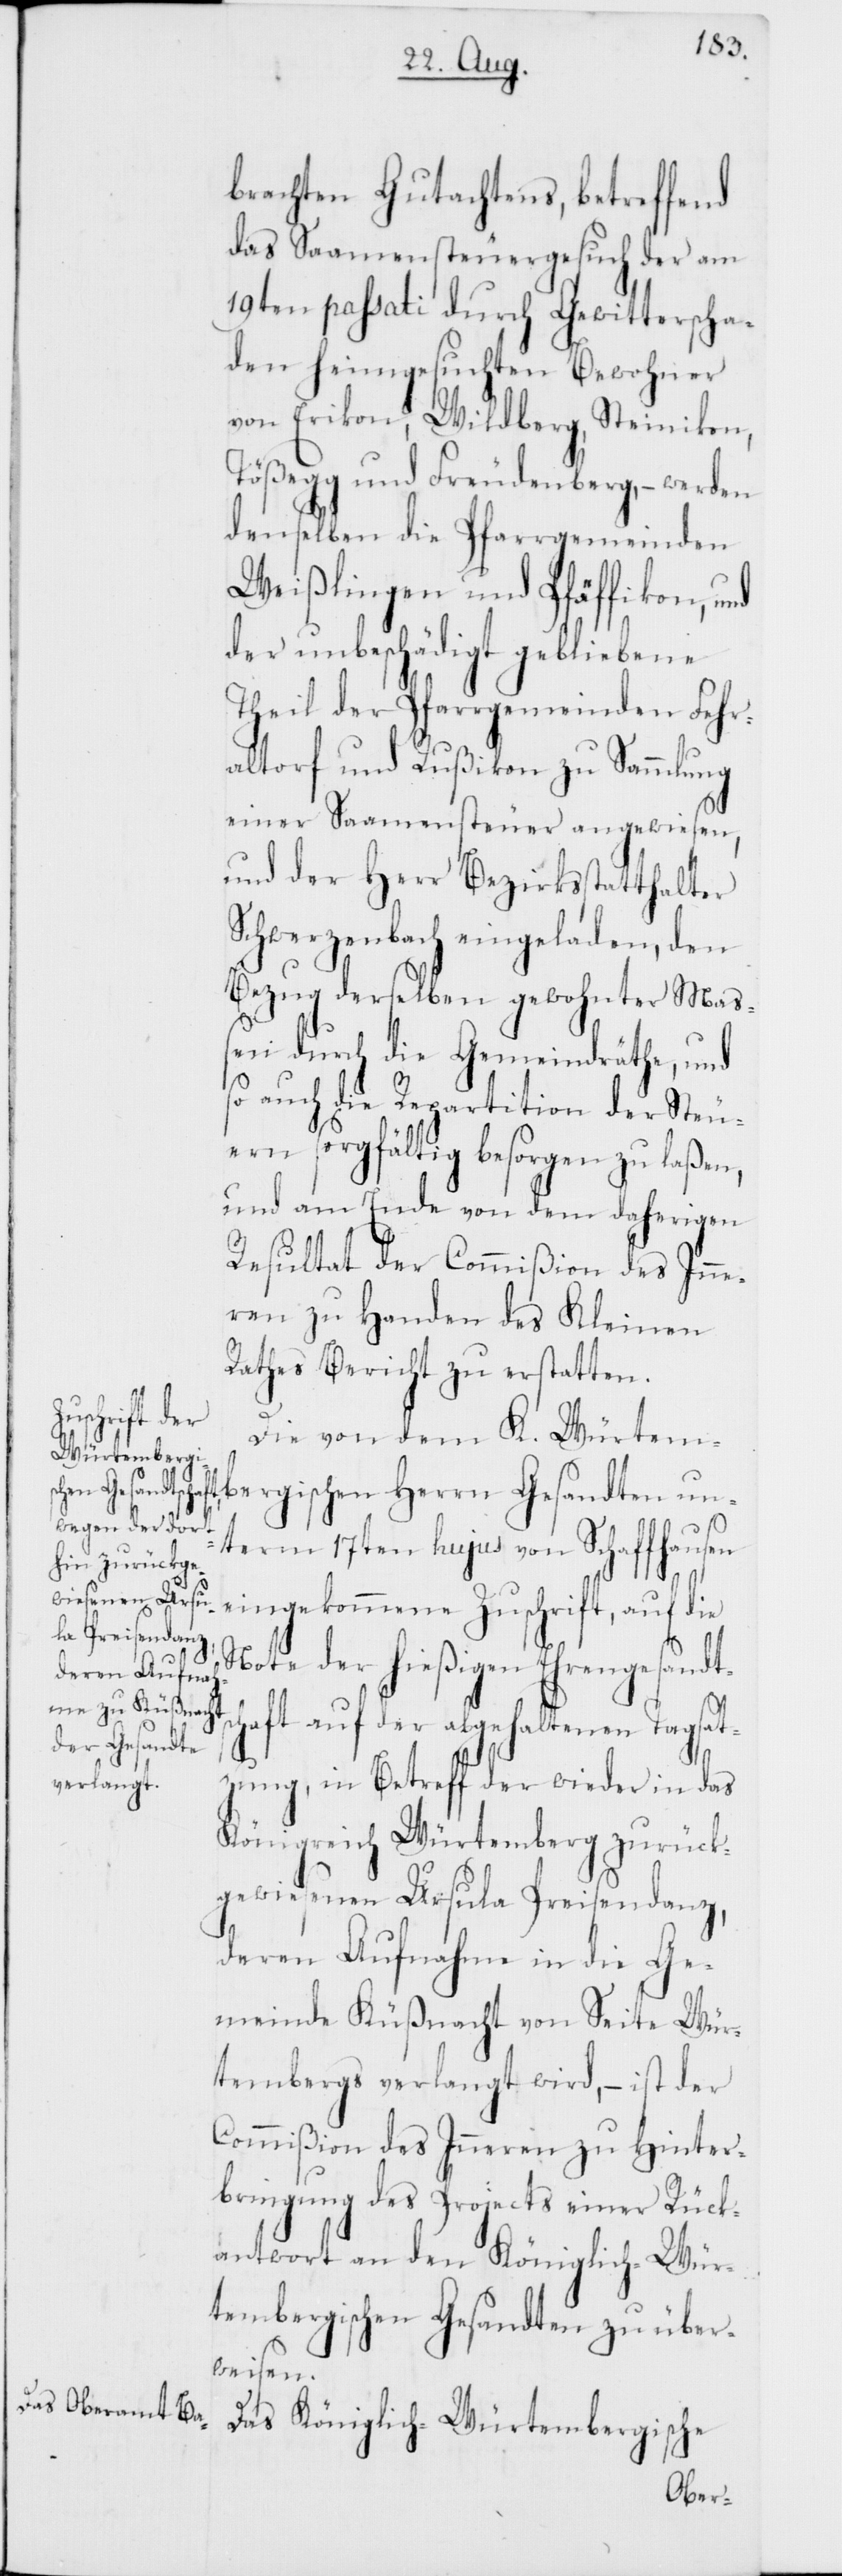
brachten Gutachtens, betreffend
das Saamensteuergesuch der am
19ten passati durch Gewitterscha¬
den heimgesuchten Bewohner
von Erikon, Wildberg, Steinikon,
Tößegg und Freudenberg, – werden
denselben die Pfarrgemeinden
Weißlingen und Pfäffikon, und
der unbeschädigt gebliebene
Theil der Pfarrgemeinden Fehr¬
altorf und Rußikon zu Sammlung
einer Saamensteuer angewiesen,
und der Herr Bezirksstatthalter
Schwerzenbach eingeladen, den
Bezug derselben gewohnter Maß¬
en durch die Gemeindräthe, und
so auch die Repartition der Steu¬
ern sorgfältig besorgen zu laßen,
und am Ende von dem daherigen
Resultat der Commißion des Inne¬
ren zu Handen des Kleinen
Rathes Bericht zu erstatten.
Die von dem K. Würtem¬
bergischen Herrn Gesandten un¬
term 17ten hujus von Schaffhausen
eingekommene Zuschrift, auf die
Note der hießigen Ehrengesandts¬
chaft auf der abgehaltenen Tagsat¬
zung, in Betreff der wieder in das
Königreich Würtemberg zurück¬
gewiesenen Ursula Preisendanz,
deren Aufnahme in die Ge¬
meinde Küßnacht von Seite Wür¬
tembergs verlangt wird, – ist der
Commißion des Inneren zu Hinter¬
bringung des Projects einer Rück¬
antwort an den Königlich-Wür¬
tembergischen Gesandten zu über¬
weisen.
Das Königlich-Würtembergische